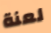
لعنة